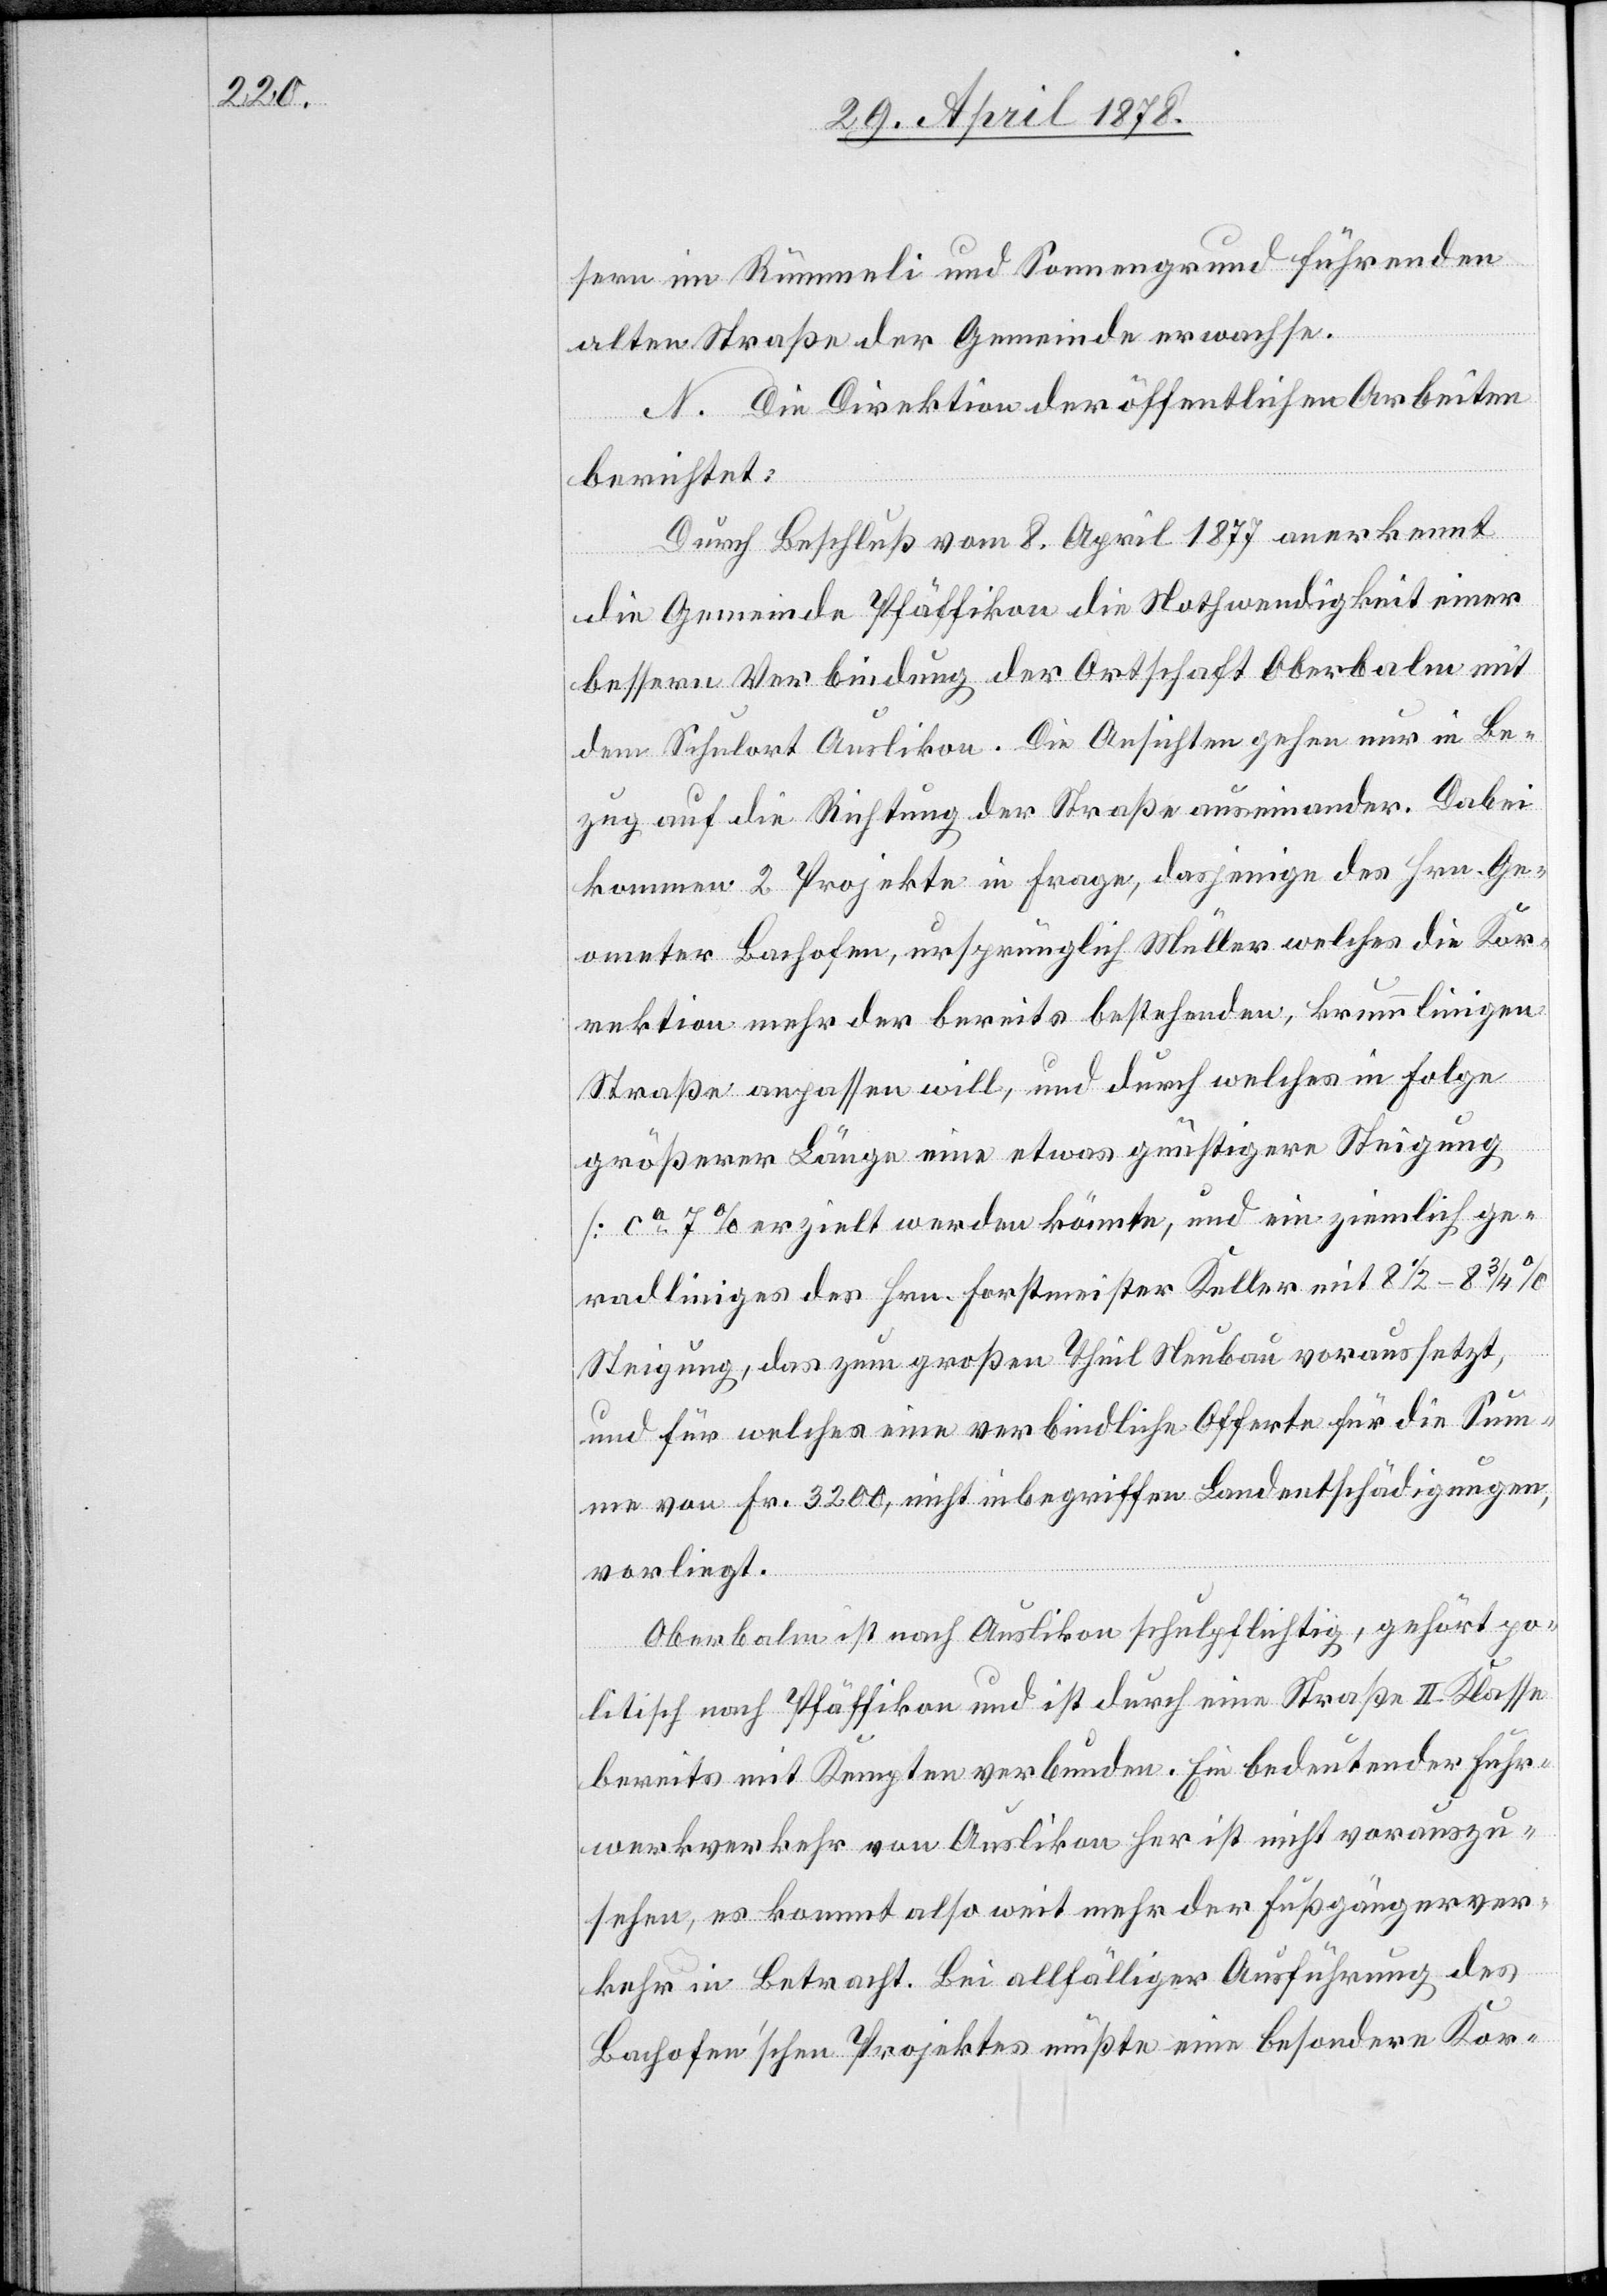
sern im Rümmeli und Sonnengrund führenden
alten Straße der Gemeinde erwachse.
N. Die Direktion der öffentlichen Arbeiten
berichtet:
Durch Beschluß vom 8. April 1877 anerkennt
die Gemeinde Pfäffikon die Nothwendigkeit einer
bessern Verbindung der Ortschaft Oberbalm mit
dem Schulort Auslikon. Die Ansichten gehen nur in Be¬
zug auf die Richtung der Straße auseinander. Dabei
kommen 2 Projekte in Frage, dasjenige des Hrn. Ge¬
ometer Bachofen, ursprünglich Müller welches die Kor¬
rektion mehr der bereits bestehenden, krummlinigen
Straße anpassen will, und durch welches in Folge
größerer Länge eine etwas günstigere Steigung
[ca 7%] erzielt werden könnte, und ein ziemlich ge¬
radliniges des Hrn. Forstmeister Keller mit 8 1/2 – 8 3/4
Steigung, das zum großen Theil Neubau voraussetzt,
und für welches eine verbindliche Offerte für die Sum¬
me von Fr. 3200, nicht inbegriffen Landentschädigungen,
vorliegt.
Oberbalm ist nach Auslikon schulpflichtig, gehört po¬
litisch nach Pfäffikon und ist durch eine Straße II. Klasse
bereits mit Kempten verbunden. Ein bedeutender Fuhr¬
werkverkehr von Auslikon her ist nicht vorauszu¬
sehen, es kommt also weit mehr der Fußgängerver¬
kehr in Betracht. Bei allfälliger Ausführung des
Bachofen’schen Projektes müßte eine besondere Kor-